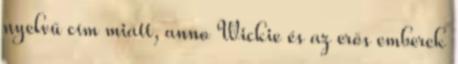
nyelvű cím miatt, anno Wickie és az erős emberek